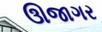
ઊજાગર